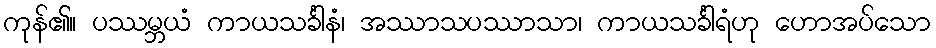
ကုန်၏။ ပဿမ္ဘယံ ကာယသင်္ခါနံ၊ အဿာသပဿာသာ၊ ကာယသင်္ခါရံဟု ဟောအပ်သော